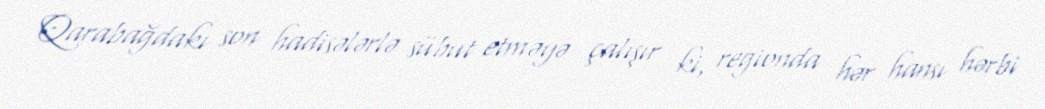
Qarabağdakı son hadisələrlə sübut etməyə çalışır ki, regionda hər hansı hərbi